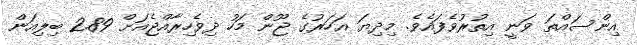
އިންސައްތަ ވަނީ އިތުރުވެފައެވެ. މިދިޔަ އަހަރުގެ ޖޫން މަހު ދިވެހިރާއްޖެއަށް 2.89 ބިލިއަން